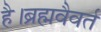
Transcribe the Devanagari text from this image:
है।ब्रह्मवैवर्त